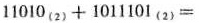
$$1 1 0 1 0 _ { ( 2 ) } + 1 0 1 1 1 0 1 _ {